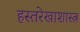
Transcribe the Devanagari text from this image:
हस्तरेखाशास्त्र